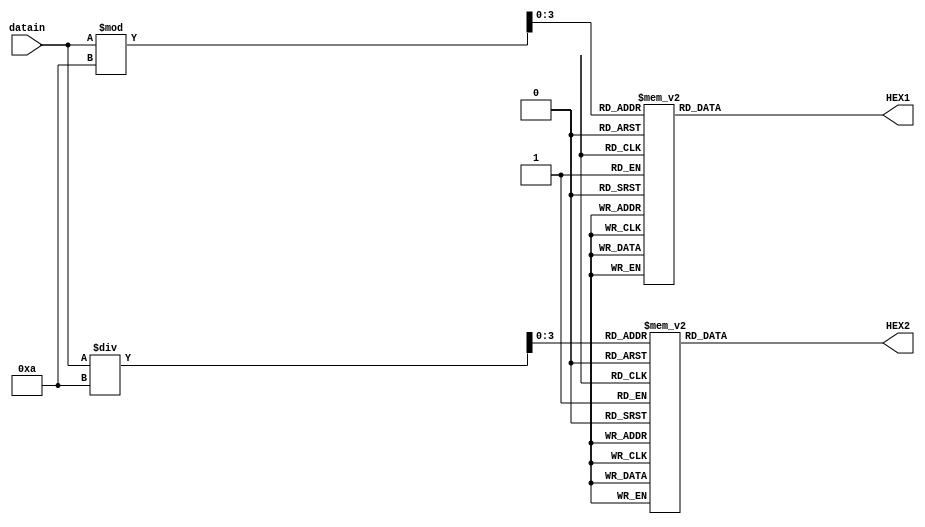
module out_port_seg(datain, HEX1, HEX2);
	input[31:0] datain;
	output [6:0] HEX1,HEX2;
	reg [6:0] HEX1,HEX2;
	
	wire[3:0] sig,dec;
	
	// sig  dec 
	assign sig = datain%10;
	assign dec = datain/10;
	
	always @ (*)
		case(sig)
			0: HEX1 = 7'b100_0000; 
			1: HEX1 = 7'b111_1001;
			2: HEX1 = 7'b010_0100;
			3: HEX1 = 7'b011_0000;
			4: HEX1 = 7'b001_1001;
			5: HEX1 = 7'b001_0010;
			6: HEX1 = 7'b000_0010;
			7: HEX1 = 7'b111_1000;
			8: HEX1 = 7'b000_0000;
			9: HEX1 = 7'b001_0000;
			default: HEX1 = 7'b111_1111;
		endcase
	
	always @ (*)
		case(dec)
			0: HEX2 = 7'b100_0000; 
			1: HEX2 = 7'b111_1001;
			2: HEX2 = 7'b010_0100;
			3: HEX2 = 7'b011_0000;
			4: HEX2 = 7'b001_1001;
			5: HEX2 = 7'b001_0010;
			6: HEX2 = 7'b000_0010;
			7: HEX2 = 7'b111_1000;
			8: HEX2 = 7'b000_0000;
			9: HEX2 = 7'b001_0000;
			default: HEX2 = 7'b111_1111; 
		endcase

endmodule